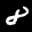
Label: 8